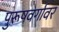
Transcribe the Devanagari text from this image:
पुरूषवर्गावर